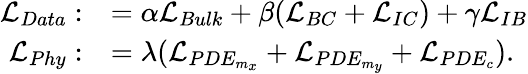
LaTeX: \begin{array}{rl}{\mathcal{L}_{Data}:}&{=\alpha\mathcal{L}_{Bulk}+\beta(\mathcal{L}_{BC}+\mathcal{L}_{IC})+\gamma\mathcal{L}_{IB}}\\ {\mathcal{L}_{Phy}:}&{=\lambda(\mathcal{L}_{PDE_{m_{x}}}+\mathcal{L}_{PDE_{m_{y}}}+\mathcal{L}_{PDE_{c}}).}\end{array}